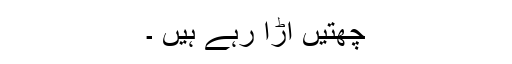
چھتیں اڑا رہے ہیں ۔